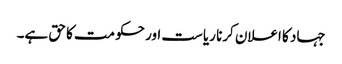
جہاد کا اعلان کرنا ریاست اور حکومت کا حق ہے۔